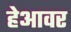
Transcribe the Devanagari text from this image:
हेआवर